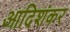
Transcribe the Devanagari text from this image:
आदिशंकर